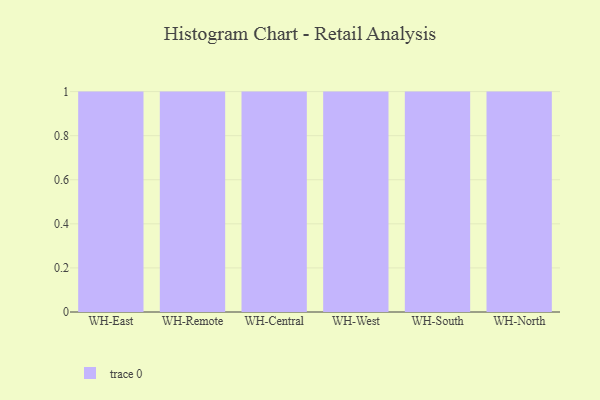
{"axis": {"x": "Warehouse", "y": "Market Share (%)"}, "legend": [""], "data": [{"x": "WH-East", "y": 1, "type": ""}, {"x": "WH-Remote", "y": 20, "type": ""}, {"x": "WH-Central", "y": 29, "type": ""}, {"x": "WH-West", "y": 92, "type": ""}, {"x": "WH-South", "y": 67, "type": ""}, {"x": "WH-North", "y": 75, "type": ""}]}